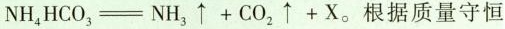
NH_{4}HCO_{3}\xlongequal [ ] { { } }NH_{3}\uparrow+CO_{2} \uparrow +X。根据质量守恒